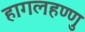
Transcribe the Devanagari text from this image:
हागलहण्णु